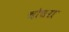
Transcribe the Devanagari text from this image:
चौधरा